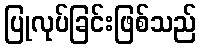
ပြုလုပ်ခြင်းဖြစ်သည်